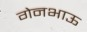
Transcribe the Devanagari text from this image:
गेनभाऊ